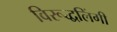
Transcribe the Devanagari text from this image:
विरूद्धलिंगी